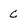
Character: c